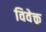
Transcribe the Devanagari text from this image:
विवेक्तृ